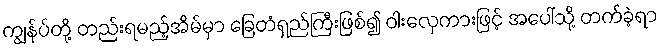
ကျွန်ပ်တို့ တည်းရမည့်အိမ်မှာ ခြေတံရှည်ကြီးဖြစ်၍ ဝါးလှေကားဖြင့် အပေါ်သို့ တက်ခဲ့ရာ